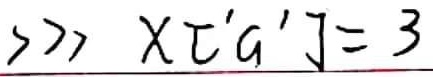
\(>>> x['a'] = 3\)